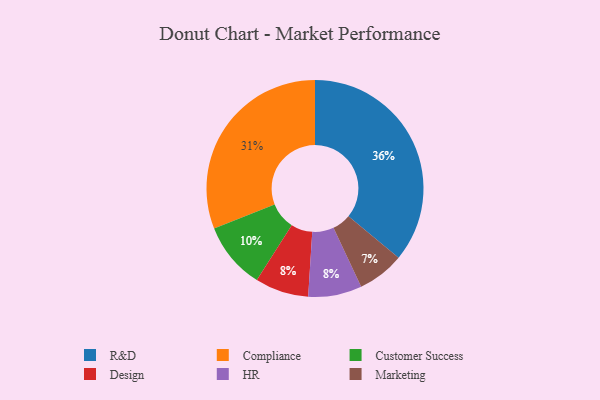
{"axis": {"x": "Category", "y": "Percentage"}, "legend": ["Compliance", "Customer Success", "Design", "HR", "Marketing", "R&D"], "data": [{"x": "Marketing", "y": 7, "type": "Marketing"}, {"x": "Design", "y": 8, "type": "Design"}, {"x": "R&D", "y": 36, "type": "R&D"}, {"x": "Compliance", "y": 31, "type": "Compliance"}, {"x": "HR", "y": 8, "type": "HR"}, {"x": "Customer Success", "y": 10, "type": "Customer Success"}]}